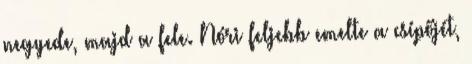
negyede, majd a fele. Nóri feljebb emelte a csípőjét,